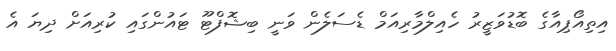
އިތިއޯޕިއާގެ ބޮޑުވަޒީރު ހެއިލްމާރިއަމް ޑެސަލެން ވަނީ ބިޝޮފްޓޫ ޓައުންގައި ކުރިއަށް ދިޔަ އެ